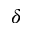
\delta